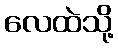
လေထဲသို့